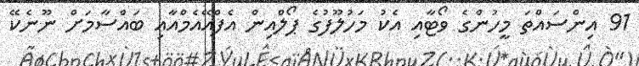
91 އިންސައްތަ މީހުންގެ ވޯޓާއި އެކު މަހުލޫފުގެ ޕޯލްއިން އެފްއޭއެމްއާއި ބައްސާމަށް ނޫނެކޭ